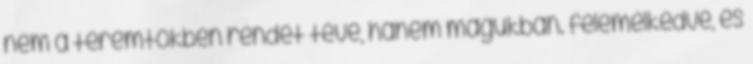
nem a teremtőkben rendet téve, hanem magukban. felemelkedve, és